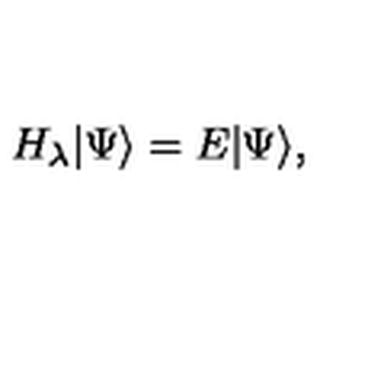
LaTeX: H _ { \lambda } | \Psi \rangle = E | \Psi \rangle ,